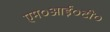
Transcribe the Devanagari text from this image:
एम०आई०टी०